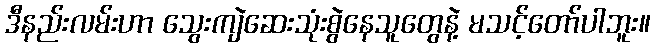
ဒီနည်းလမ်းဟာ သွေးကျဲဆေးသုံးစွဲနေသူတွေနဲ့ မသင့်တော်ပါဘူး။